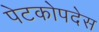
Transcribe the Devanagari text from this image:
पेटकोपदेस